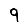
Digit: 9